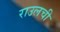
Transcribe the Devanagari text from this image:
राउलची